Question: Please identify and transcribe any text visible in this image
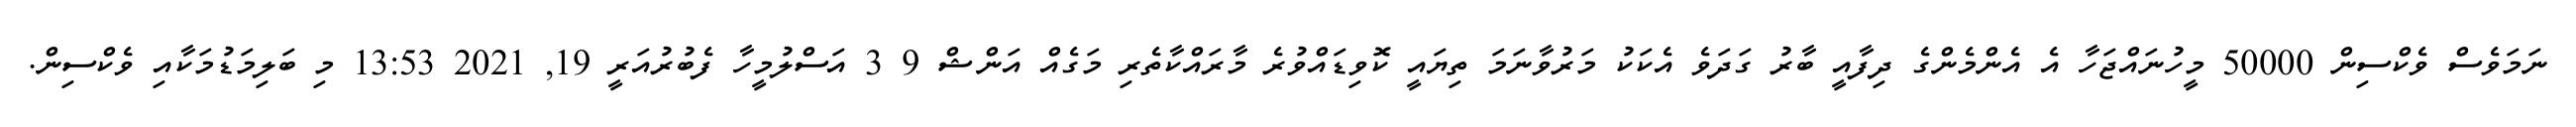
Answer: ނަމަވެސް ވެކްސިން 50000 މީހުނައްޖަހާ އެ އެންމެންގެ ދިފާއީ ބާރު ގަދަވެ އެކަކު މަރުވާނަމަ ތިޔައީ ކޮވިޑައްވުރެ މާރައްކާތެރި މަގެއް އަންޝް 9 3 އަސްލުމީހާ ފެބުރުއަރީ 19, 2021 13:53 މި ބަލިމަޑުމަކާއި ވެކްސިން.